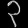
Digit: ၃